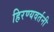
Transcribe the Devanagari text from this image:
हिरण्यवर्तनी